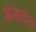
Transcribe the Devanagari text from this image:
अंडदंत